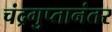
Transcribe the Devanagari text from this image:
चंद्रगुप्तानंतर